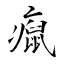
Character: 癙